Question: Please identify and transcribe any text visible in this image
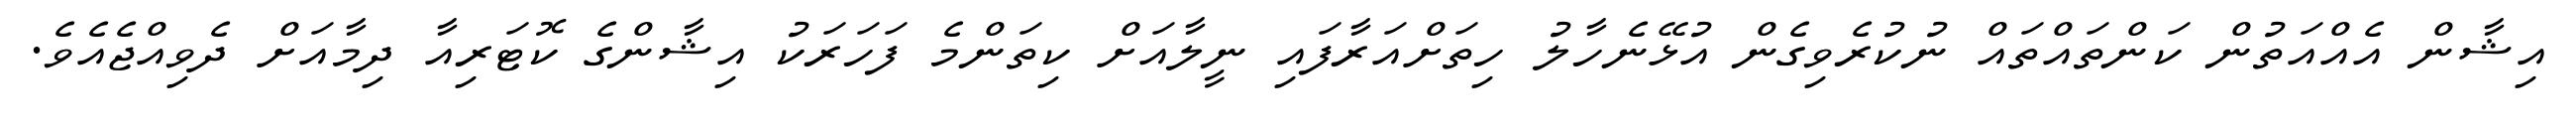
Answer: އިޝާން އެއްއަތުން ކަންތައްތައް ނުކުރެވިގެން އުޅޭނެހާލު ހިތަށްއަރާފައި ނީލާއަށް ކިތަންމެ ފަހަރަކު އިޝާންގެ ކޮޓަރިއާ ދިމާއަށް ދެވިއްޖެއެވެ.